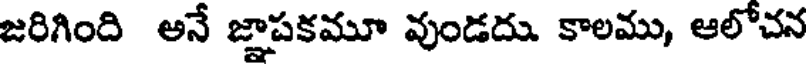
జరిగింది అనే జ్ఞాపకమూ వుండదు. కాలము, ఆలోచన